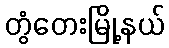
တွံတေးမြို့နယ်